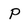
Character: P